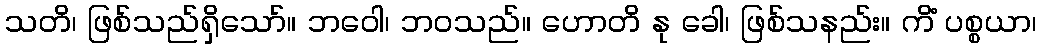
သတိ၊ ဖြစ်သည်ရှိသော်။ ဘဝေါ၊ ဘဝသည်။ ဟောတိ နု ခေါ၊ ဖြစ်သနည်း။ ကိံ ပစ္စယာ၊